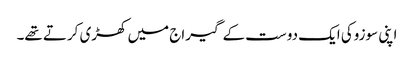
اپنی سوزوکی ایک دوست کے گیراج میں کھڑی کرتے تھے۔